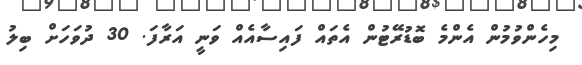
މިހެންވުމުން އެންމެ ބޮޑުރޭޓުން އެތައް ފައިސާއެއް ވަނީ އަރާފަ. 30 ދުވަހަށް ބިލު